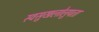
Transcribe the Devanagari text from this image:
स्वसुखलोलुपता